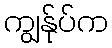
ကျွန်ုပ်က